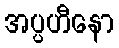
အပ္ပဟီနော